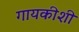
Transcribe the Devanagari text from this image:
गायकीशी